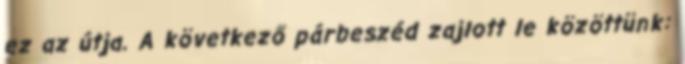
ez az útja. A következő párbeszéd zajlott le közöttünk: